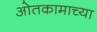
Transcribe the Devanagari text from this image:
ओतकामाच्या